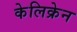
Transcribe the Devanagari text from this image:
केलिक्रेन